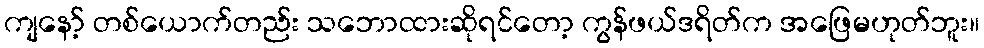
ကျနော့် တစ်ယောက်တည်း သဘောထားဆိုရင်တော့ ကွန်ဖယ်ဒရိတ်က အဖြေမဟုတ်ဘူး။